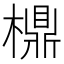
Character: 檙